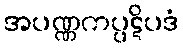
အပဏ္ဏကပ္ပဋိပဒံ